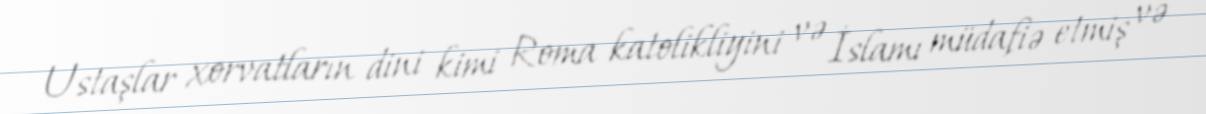
Ustaşlar xorvatların dini kimi Roma katolikliyini və İslamı müdafiə etmiş və